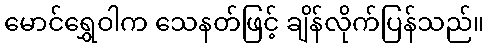
မောင်ရွှေဝါက သေနတ်ဖြင့် ချိန်လိုက်ပြန်သည်။